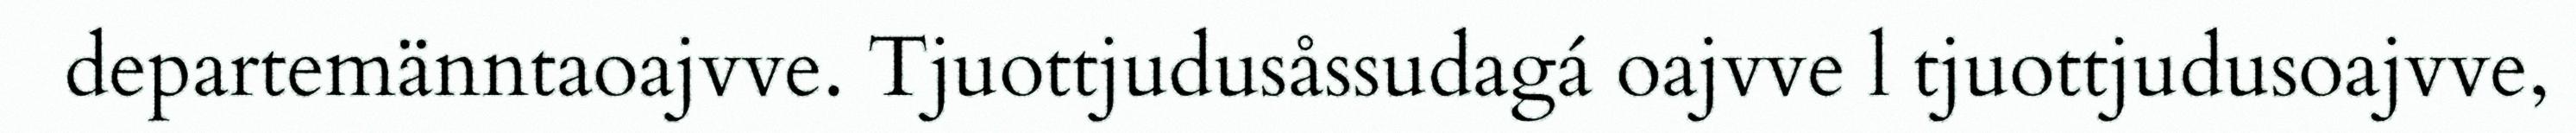
departemänntaoajvve. Tjuottjudusåssudagá oajvve l tjuottjudusoajvve,